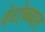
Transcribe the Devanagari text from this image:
वेटोळ्यात